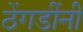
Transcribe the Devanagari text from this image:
ठेंगडींनी